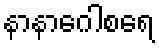
နာနာဂေါစရေ